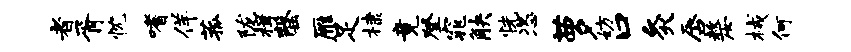
者胥忱嗜佯菰陇楫罄雁足棣竟登窕觖恍恣萝妨口灸唇嫠械何